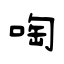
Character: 啕